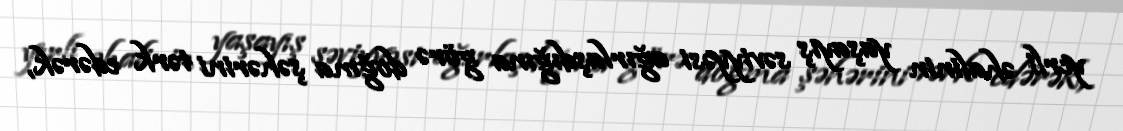
yerli əhalinin yaşayış səviyyəsi ağırlaşdığına görə doğma şəhərini tərk edərək,